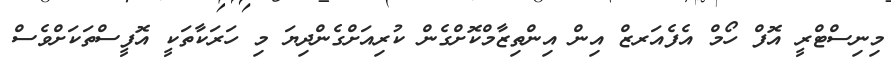
މިނިސްޓްރީ އޮފް ހޯމް އެފެއަރޒް އިން އިންތިޒާމްކޮށްގެން ކުރިއަށްގެންދިޔަ މި ހަރަކާތަކީ އޮފީސްތަކަށްވެސް